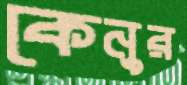
কেনুর